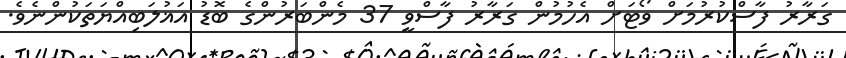
ގަރާރު ފާސްކުރުމަށް ވޯޓަށް އެހުމުން ގަރާރު ފާސްވީ 37 މެންބަރުންގެ ބޮޑު އަޣުލަބިއްޔަތަކުންނެވެ.